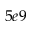
5 e 9